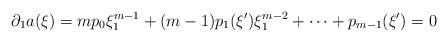
LaTeX: \begin{align*}\partial_1 a(\xi)=mp_0\xi_1^{m-1}+(m-1)p_1(\xi')\xi_1^{m-2}+\cdots+p_{m-1}(\xi')=0\end{align*}